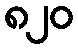
၈၂၀